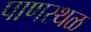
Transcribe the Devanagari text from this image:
पाणस्थळ